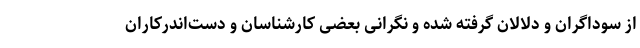
از سوداگران و دلالان گرفته شده و نگرانی بعضی کارشناسان و دست‌اندرکاران